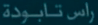
راس تابوطة